Report on vaccination North-West Frontier Province 1904-1922 - 1904-1922
Year: 1904
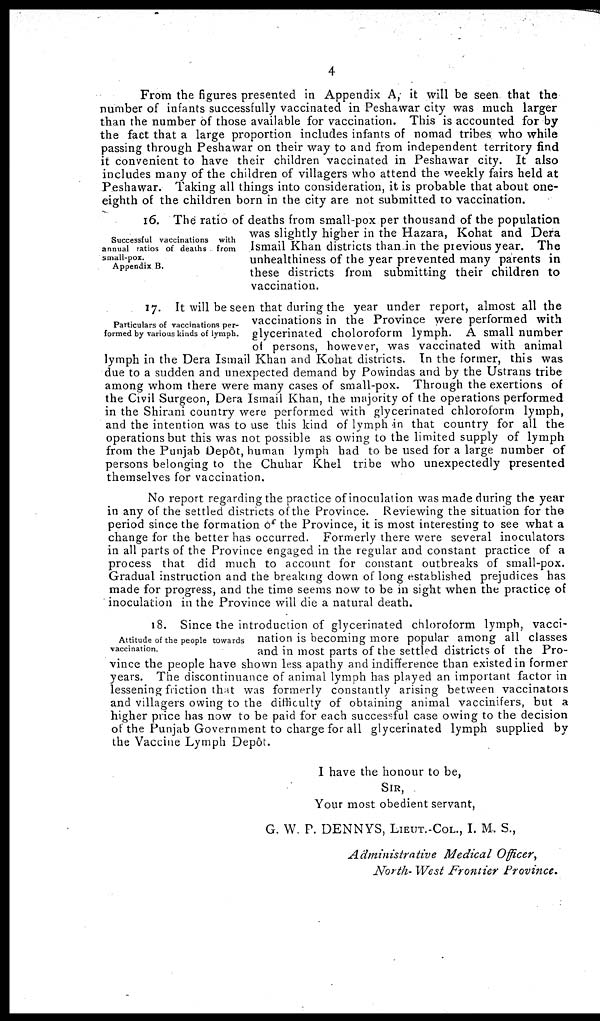
4
From the figures presented in Appendix A, it will be seen that the
number of infants successfully vaccinated in Peshawar city was much larger
than the number of those available for vaccination. This is accounted for by
the fact that a large proportion includes infants of nomad tribes who while
passing through Peshawar on their way to and from independent territory find
it convenient to have their children vaccinated in Peshawar city. It also
includes many of the children of villagers who attend the weekly fairs held at
Peshawar. Taking all things into consideration, it is probable that about one-
eighth of the children born in the city are not submitted to vaccination.
Successful vaccinations with
annual ratios of deaths from
small-pox.
Appendix B.
16. The ratio of deaths from small-pox per thousand of the population
was slightly higher in the Hazara, Kohat and Dera
Ismail Khan districts than in the previous year. The
unhealthiness of the year prevented many parents in
these districts from submitting their children to
vaccination.
Particulars of vaccinations per-
formed by various kinds of lymph.
17. It will be seen that during the year under report, almost all the
vaccinations in the Province were performed with
glycerinated choloroform lymph. A small number
of persons, however, was vaccinated with animal
lymph in the Dera Ismail Khan and Kohat districts. In the former, this was
due to a sudden and unexpected demand by Powindas and by the Ustrans tribe
among whom there were many cases of small-pox. Through the exertions of
the Civil Surgeon, Dera Ismail Khan, the majority of the operations performed
in the Shirani country were performed with glycerinated chloroform lymph,
and the intention was to use this kind of lymph in that country for all the
operations but this was not possible as owing to the limited supply of lymph
from the Punjab Depôt, human lymph had to be used for a large number of
persons belonging to the Chuhar Khel tribe who unexpectedly presented
themselves for vaccination.
No report regarding the practice of inoculation was made during the year
in any of the settled districts of the Province. Reviewing the situation for the
period since the formation of the Province, it is most interesting to see what a
change for the better has occurred. Formerly there were several inoculators
in all parts of the Province engaged in the regular and constant practice of a
process that did much to account for constant outbreaks of small-pox.
Gradual instruction and the breaking down of long established prejudices has
made for progress, and the time seems now to be in sight when the practice of
inoculation in the Province will die a natural death.
Attitude of the people towards
vaccination.
18. Since the introduction of glycerinated chloroform lymph, vacci-
nation is becoming more popular among all classes
and in most parts of the settled districts of the Pro-
vince the people have shown less apathy and indifference than existed in former
years. The discontinuance of animal lymph has played an important factor in
lessening friction that was formerly constantly arising between vaccinators
and villagers owing to the difficulty of obtaining animal vaccinifers, but a
higher price has now to be paid for each successful case owing to the decision
of the Punjab Government to charge for all glycerinated lymph supplied by
the Vaccine Lymph Depôt.
I have the honour to be,
SIR,
Your most obedient servant,
G. W. P. DENNYS, LIEUT.-COL., I. M. S.,
Administrative
Medical Officer,
North-West Frontier Province.